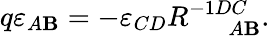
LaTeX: q\varepsilon_{A\mathbf{B}}=-\varepsilon_{CD}R_{\; \; \; \; \; A\mathbf{B}}^{-1DC}.